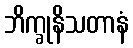
ဘိက္ခုနိသတာနံ